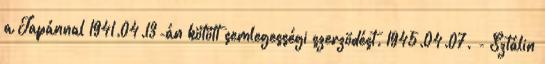
a Japánnal 1941.04.13-án kötött semlegességi szerzõdést. 1945.04.07. - Sztálin